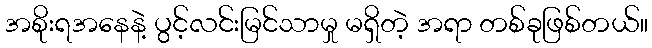
အစိုးရအနေနဲ့ ပွင့်လင်းမြင်သာမှု မရှိတဲ့ အရာ တစ်ခုဖြစ်တယ်။